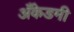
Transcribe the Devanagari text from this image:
अँकेडमी